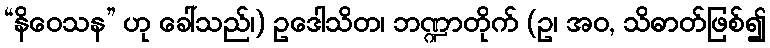
“နိဝေသန” ဟု ခေါ်သည်၊) ဥဒေါသိတ၊ ဘဏ္ဍာတိုက် (ဥ၊ အဝ, သိဓာတ်ဖြစ်၍